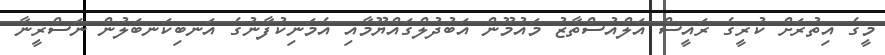
މީގެ އިތުރަށް ކުރީގެ ރައީސް އަލްއުސްތާޒު މައުމޫން އަބުދުލްގައްޔޫމާއި އެމަނިކުފާނުގެ އަނބިކަނބަލުން ނަސްރީނާ